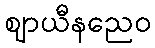
ဈာယီနညေဝ